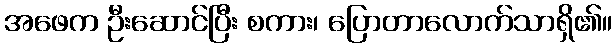
အဖေက ဦးဆောင်ပြီး စကား၊ ပြောတာလောက်သာရှိ၏။